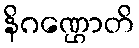
နိဂဏ္ဌောတိ